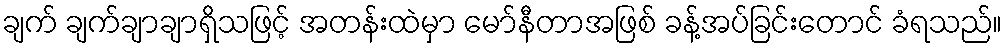
ချက် ချက်ချာချာရှိသဖြင့် အတန်းထဲမှာ မော်နီတာအဖြစ် ခန့်အပ်ခြင်းတောင် ခံရသည်။